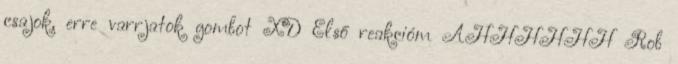
csajok, erre varrjatok gombot XD Első reakcióm AHHHHHH Rob